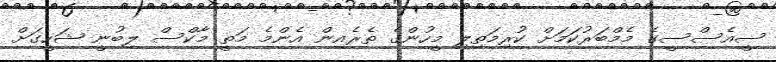
ސީއެސްސީގެ މެމްބަރުކަމަށް ކުރިމަތިލި މީހުންގެ ތެރެެއިން އެންމެ މަތީ މާކްސް ލިބުނީ ޝަހީގަށް